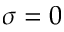
\sigma = 0